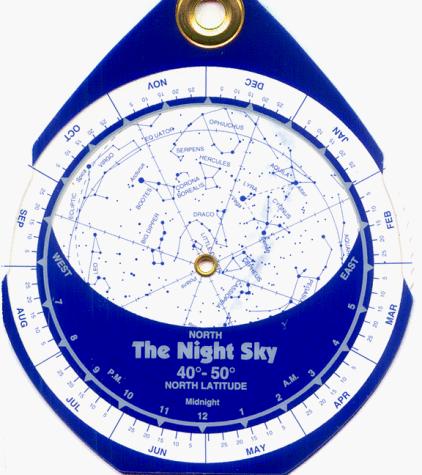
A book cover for The Night Sky 40Â°-50Â° (Small) Star Finder; David S. Chandler; Science & Math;